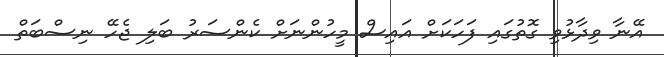
އޭނާ ވިދާޅުވި ގޮތުގައި ފަހަކަށް އައިސް މީހުންނަށް ކެންސަރު ބަލި ޖެހޭ ނިސްބަތް